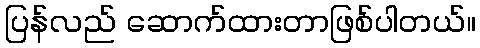
ပြန်လည် ဆောက်ထားတာဖြစ်ပါတယ်။